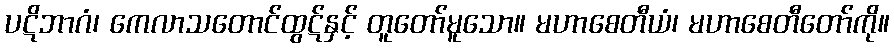
ပဋိဘာဂံ၊ ကေလာသတောင်ထွဋ်နှင့် တူတော်မူသော။ မဟာစေတီယံ၊ မဟာစေတီတော်ကို။